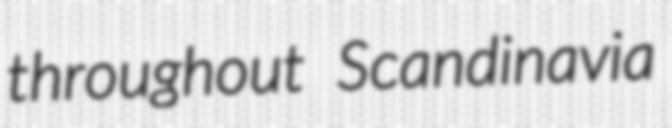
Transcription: throughout Scandinavia